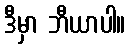
ဒီမှာ ဘီယာပါ။